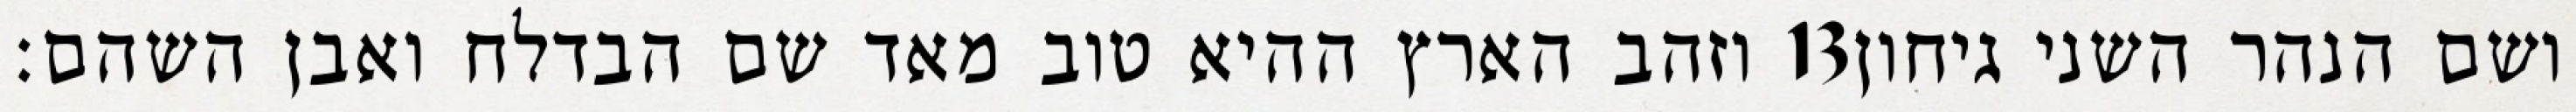
וזהב הארץ ההיא טוב מאד שם הבדלח ואבן השהם׃ ‎13‏ ושם הנהר השני גיחון